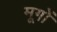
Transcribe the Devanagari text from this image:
मूगों